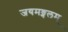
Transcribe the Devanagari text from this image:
जयमङ्गलम्‌